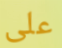
على